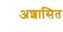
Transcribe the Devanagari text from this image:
अशासित